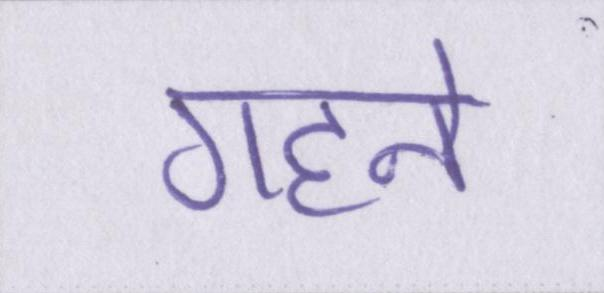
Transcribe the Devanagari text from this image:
गहने